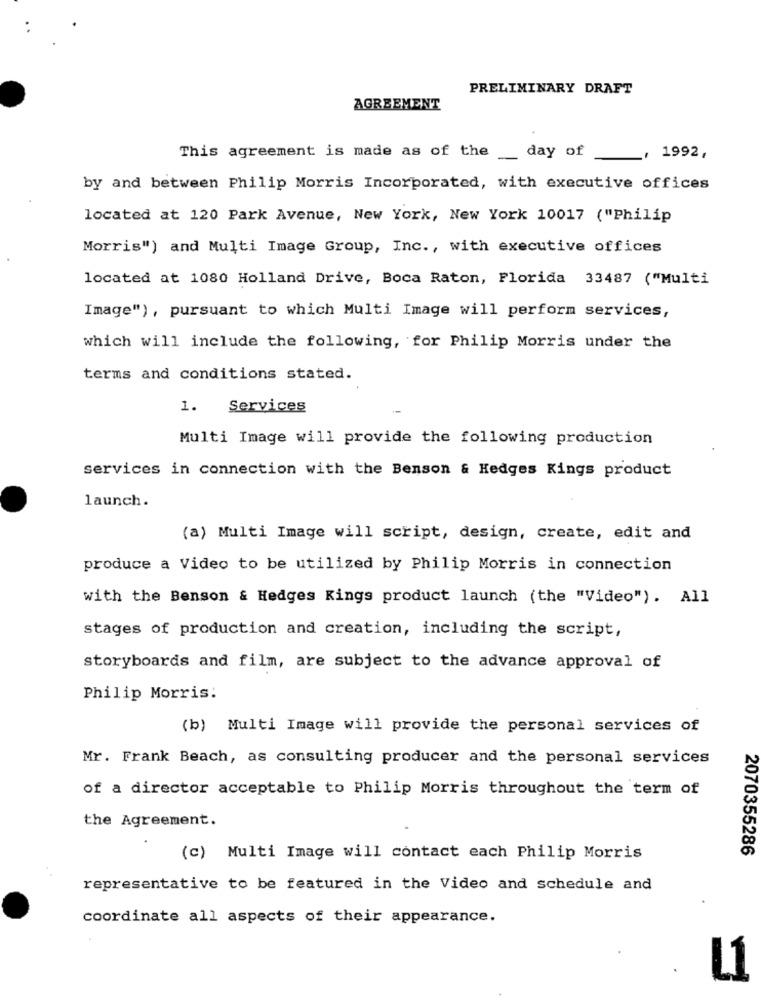
PRELIMINARY DRAFT
AGREEMENT
This agreement is made as of the __ day of
1992,
by and between Philip Morris Incorporated, with executive offices
located at 120 Park Avenue, New York, New York 10017 ("Philip
Morris") and Multi Image Group, Inc ., with executive offices
located at 1080 Holland Drive, Boca Raton, Florida 33487 ("Multi
Image"), pursuant to which Multi Image will perform services,
which will include the following, for Philip Morris under the
terms and conditions stated.
1.
Services
Multi Image will provide the following production
services in connection with the Benson & Hedges Kings product
launch.
(a) Multi Image will script, design, create, edit and
produce a Video to be utilized by Philip Morris in connection
with the Benson & Hedges Kings product launch (the "Video"). All
stages of production and creation, including the script,
storyboards and film, are subject to the advance approval of
Philip Morris:
(b) Multi Image will provide the personal services of
Mr. Frank Beach, as consulting producer and the personal services
of a director acceptable to Philip Morris throughout the term of
the Agreement.
2070355286
(c) Multi Image will contact each Philip Morris
representative to be featured in the Video and schedule and
coordinate all aspects of their appearance.
L1